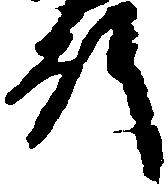
殿